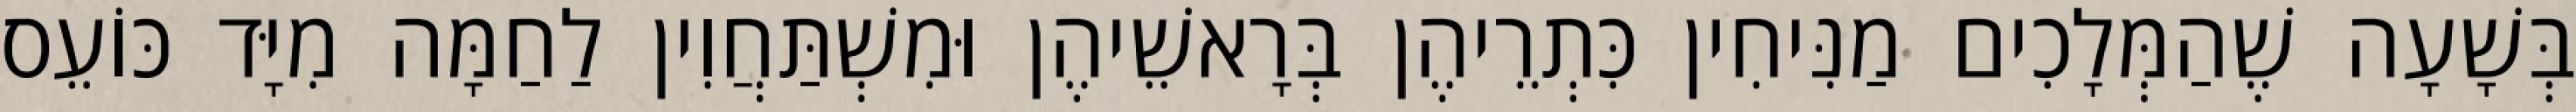
בְּשָׁעָה שֶׁהַמְּלָכִים מַנִּיחִין כִּתְרֵיהֶן בְּרָאשֵׁיהֶן וּמִשְׁתַּחֲוִין לַחַמָּה מִיָּד כּוֹעֵס